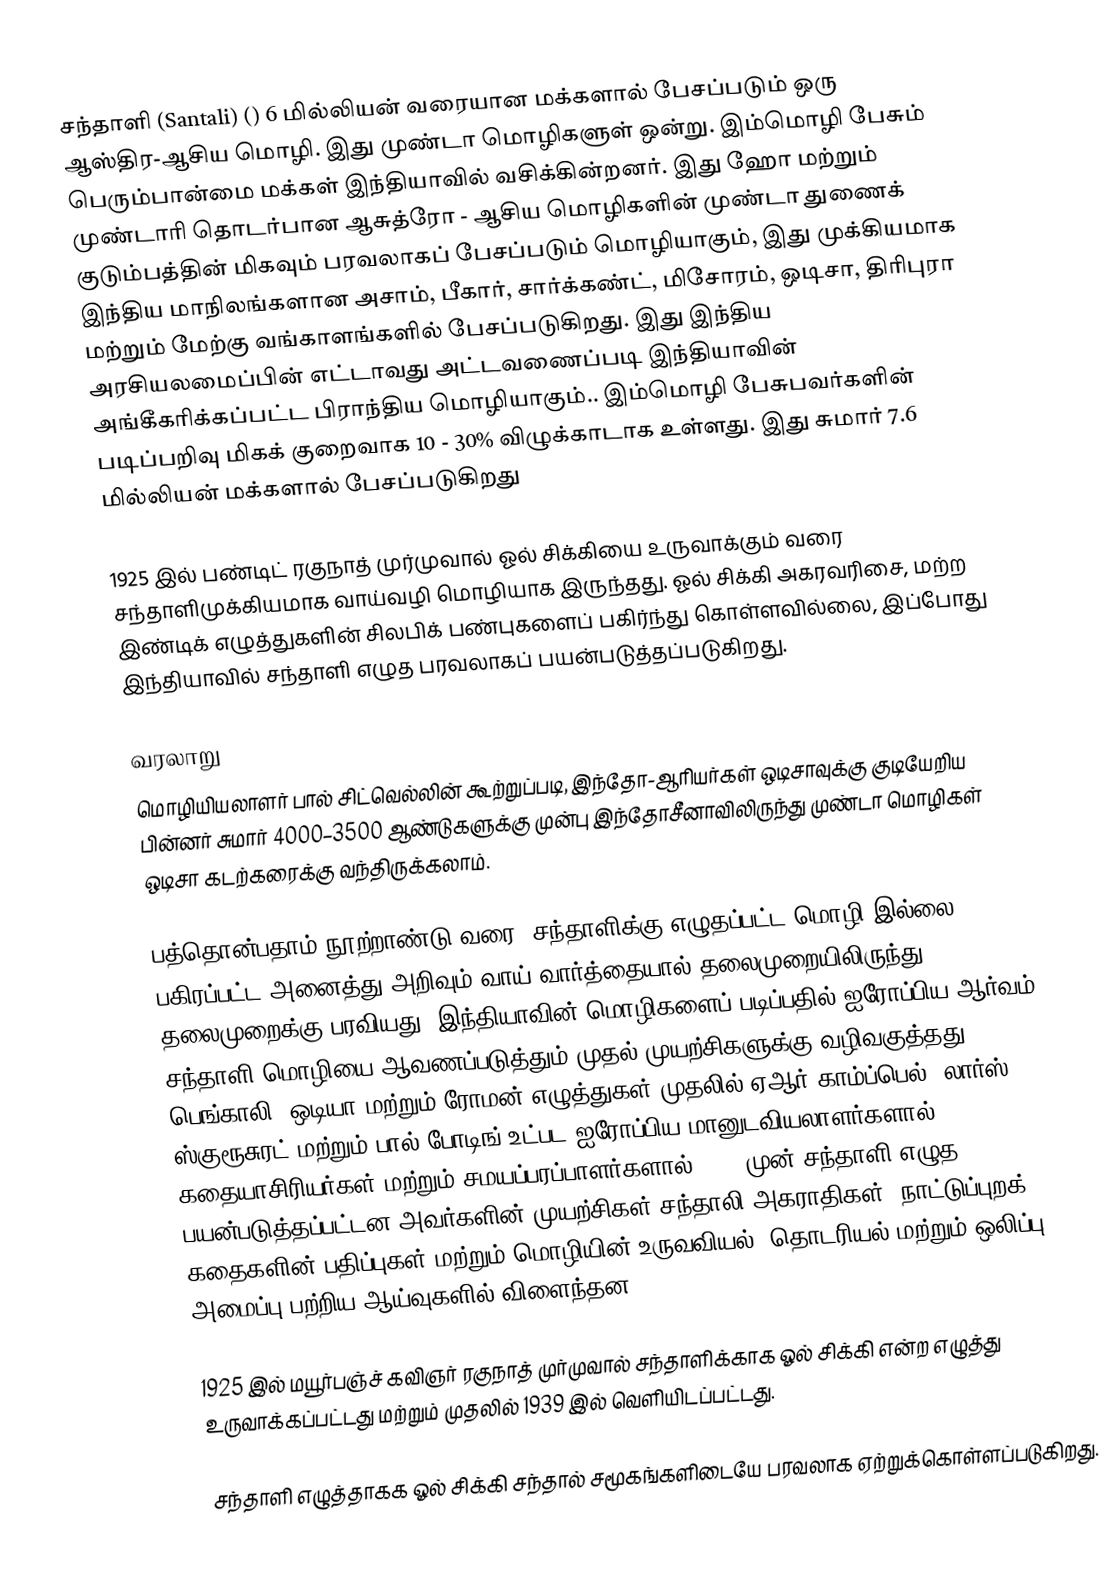
சந்தாளி (Santali) () 6 மில்லியன் வரையான மக்களால் பேசப்படும் ஒரு ஆஸ்திர-ஆசிய மொழி. இது முண்டா மொழிகளுள் ஒன்று. இம்மொழி பேசும் பெரும்பான்மை மக்கள் இந்தியாவில் வசிக்கின்றனர். இது ஹோ மற்றும் முண்டாரி தொடர்பான ஆசுத்ரோ - ஆசிய மொழிகளின் முண்டா துணைக் குடும்பத்தின் மிகவும் பரவலாகப் பேசப்படும் மொழியாகும், இது முக்கியமாக இந்திய மாநிலங்களான அசாம், பீகார், சார்க்கண்ட், மிசோரம், ஒடிசா, திரிபுரா மற்றும் மேற்கு வங்காளங்களில் பேசப்படுகிறது. இது இந்திய அரசியலமைப்பின் எட்டாவது அட்டவணைப்படி இந்தியாவின் அங்கீகரிக்கப்பட்ட பிராந்திய மொழியாகும்.. இம்மொழி பேசுபவர்களின் படிப்பறிவு மிகக் குறைவாக 10 - 30% விழுக்காடாக உள்ளது. இது சுமார் 7.6 மில்லியன் மக்களால் பேசப்படுகிறது  

1925 இல் பண்டிட் ரகுநாத் முர்முவால் ஓல் சிக்கியை உருவாக்கும் வரை சந்தாளிமுக்கியமாக வாய்வழி மொழியாக இருந்தது. ஓல் சிக்கி அகரவரிசை, மற்ற இண்டிக் எழுத்துகளின் சிலபிக் பண்புகளைப் பகிர்ந்து கொள்ளவில்லை, இப்போது இந்தியாவில் சந்தாளி எழுத பரவலாகப் பயன்படுத்தப்படுகிறது.

வரலாறு
மொழியியலாளர் பால் சிட்வெல்லின் கூற்றுப்படி, இந்தோ-ஆரியர்கள் ஒடிசாவுக்கு குடியேறிய பின்னர் சுமார் 4000–3500 ஆண்டுகளுக்கு முன்பு இந்தோசீனாவிலிருந்து முண்டா மொழிகள் ஒடிசா கடற்கரைக்கு வந்திருக்கலாம்.

பத்தொன்பதாம் நூற்றாண்டு வரை, சந்தாளிக்கு எழுதப்பட்ட மொழி இல்லை, பகிரப்பட்ட அனைத்து அறிவும் வாய் வார்த்தையால் தலைமுறையிலிருந்து தலைமுறைக்கு பரவியது. இந்தியாவின் மொழிகளைப் படிப்பதில் ஐரோப்பிய ஆர்வம் சந்தாளி மொழியை ஆவணப்படுத்தும் முதல் முயற்சிகளுக்கு வழிவகுத்தது. பெங்காலி, ஒடியா மற்றும் ரோமன் எழுத்துகள் முதலில் ஏஆர் காம்ப்பெல், லார்ஸ் ஸ்குரூசுரட் மற்றும் பால் போடிங் உட்பட ஐரோப்பிய மானுடவியலாளர்களால் கதையாசிரியர்கள் மற்றும் சமயப்பரப்பாளர்களால் 1860 முன் சந்தாளி எழுத பயன்படுத்தப்பட்டன  அவர்களின் முயற்சிகள் சந்தாலி அகராதிகள், நாட்டுப்புறக் கதைகளின் பதிப்புகள் மற்றும் மொழியின் உருவவியல், தொடரியல் மற்றும் ஒலிப்பு அமைப்பு பற்றிய ஆய்வுகளில் விளைந்தன.

1925 இல் மயூர்பஞ்ச் கவிஞர் ரகுநாத் முர்முவால் சந்தாளிக்காக ஓல் சிக்கி என்ற எழுத்து  உருவாக்கப்பட்டது மற்றும் முதலில் 1939 இல் வெளியிடப்பட்டது.

சந்தாளி எழுத்தாகக ஓல் சிக்கி சந்தால் சமூகங்களிடையே பரவலாக ஏற்றுக்கொள்ளப்படுகிறது.